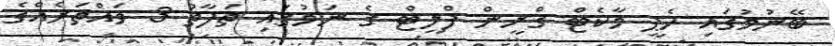
ބޭނުމުގައި ހެޕީ މާކެޓް ގްރީން ފްލީޓް ގެ ނަމުގައި ތަފާތު 3 ވައްތަރެއްގެ